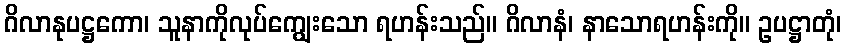
ဂိလာနုပဋ္ဌကော၊ သူနာကိုလုပ်ကျွေးသော ရဟန်းသည်။ ဂိလာနံ၊ နာသောရဟန်းကို။ ဥပဋ္ဌာတုံ၊